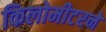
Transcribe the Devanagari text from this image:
किलोमीटरने